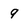
Character: 9